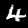
Label: 4